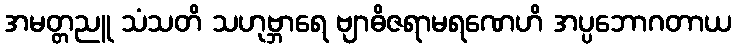
အမတ္တညူ သံသတိ သဟုဗ္ဘာရေ ဗျာဓိဇရာမရဏေဟိ အပ္ပဘောဂတာယ